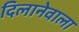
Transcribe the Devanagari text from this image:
दिलानेवाला